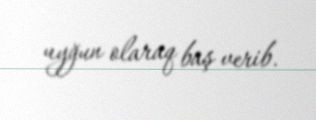
uyğun olaraq baş verib.